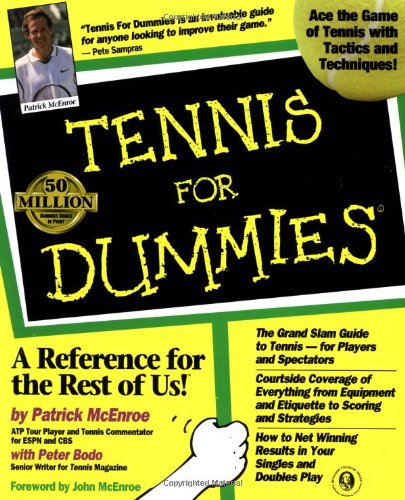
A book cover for Tennis For Dummies; Patrick McEnroe; Sports & Outdoors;